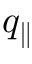
q _ { \parallel }